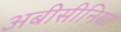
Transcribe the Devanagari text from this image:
अबीसीनिया